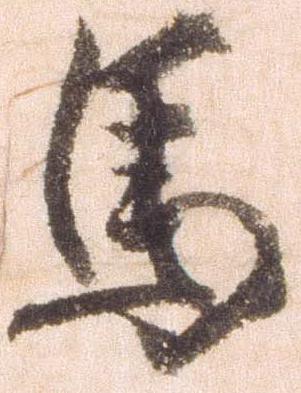
馬